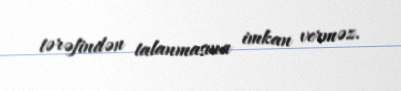
tərəfindən talanmasına imkan verməz.